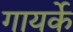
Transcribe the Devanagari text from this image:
गायर्के